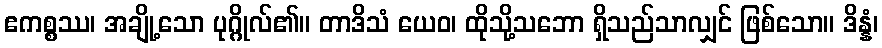
ဧကစ္စဿ၊ အချို့သော ပုဂ္ဂိုလ်၏။ တာဒိသံ ယေဝ၊ ထိုသို့သဘော ရှိသည်သာလျှင် ဖြစ်သော။ ဒိန္နံ၊